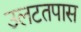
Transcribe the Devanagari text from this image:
उलटतपास